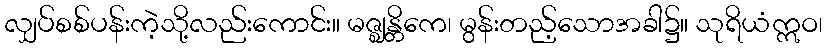
လျှပ်စစ်ပန်းကဲ့သို့လည်းကောင်း။ မဇ္ဈန္တိကေ၊ မွန်းတည့်သောအခါ၌။ သုရိယံဣဝ၊